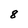
Character: 8